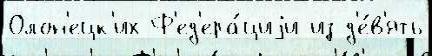
Олон'ецк'их Ф'ед'ера́циjи из д'е́в'ять